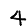
Digit: 4